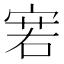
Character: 𰍊